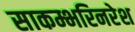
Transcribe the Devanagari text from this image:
साकम्भरिनरेश